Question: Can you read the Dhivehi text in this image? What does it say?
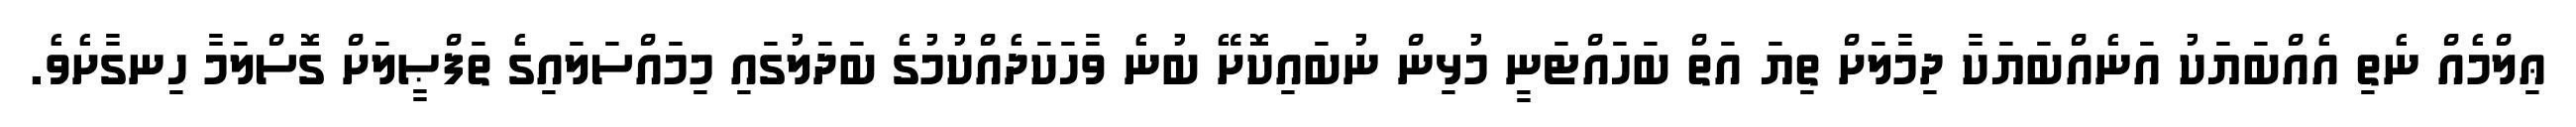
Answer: ޢިލްމެއް ނެތި އެއްބަޔަކު އަނެއްބަޔަކާ ދިމާލަށް ތިޔަ އަތް ބަހައްޓަނީ މުޅިން ނުބައިކޮށޭ ބުނެ ވާހަކަދެއްކުމުގެ ބަދަލުގައި މިމައްސަލައިގެ ތަފްޞީލަށް ގޮސްލަމާ ހިނގާށެވެ.